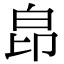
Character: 皍